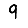
Digit: 9